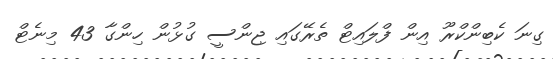
ގިނަ ކެބިންކްރޫ އިން ފްލައިޓް ތެރޭގައި ޖިންސީ ގުޅުން ހިންގާ 43 މިނެޓް